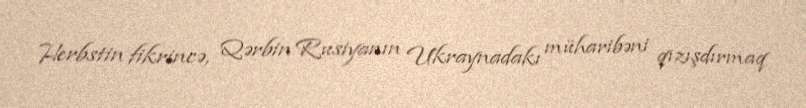
Herbstin fikrincə, Qərbin Rusiyanın Ukraynadakı müharibəni qızışdırmaq